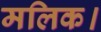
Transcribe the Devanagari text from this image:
मलिक।